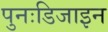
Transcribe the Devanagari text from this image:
पुनःडिजाइन